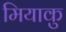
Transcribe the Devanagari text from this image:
मियाकु